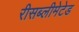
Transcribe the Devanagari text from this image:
रीसब्लीमेटेड